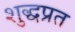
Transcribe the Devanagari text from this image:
शुद्धप्रत